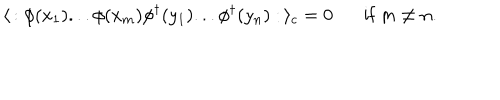
\langle \, : \phi ( x _ { 1 } ) . . . \phi ( x _ { m } ) \phi ^ { \dagger } ( y _ { 1 } ) . . . \phi ^ { \dagger } ( y _ { n } ) : \, \rangle _ { c } = 0 \mathrm { i f } \; m \neq n .